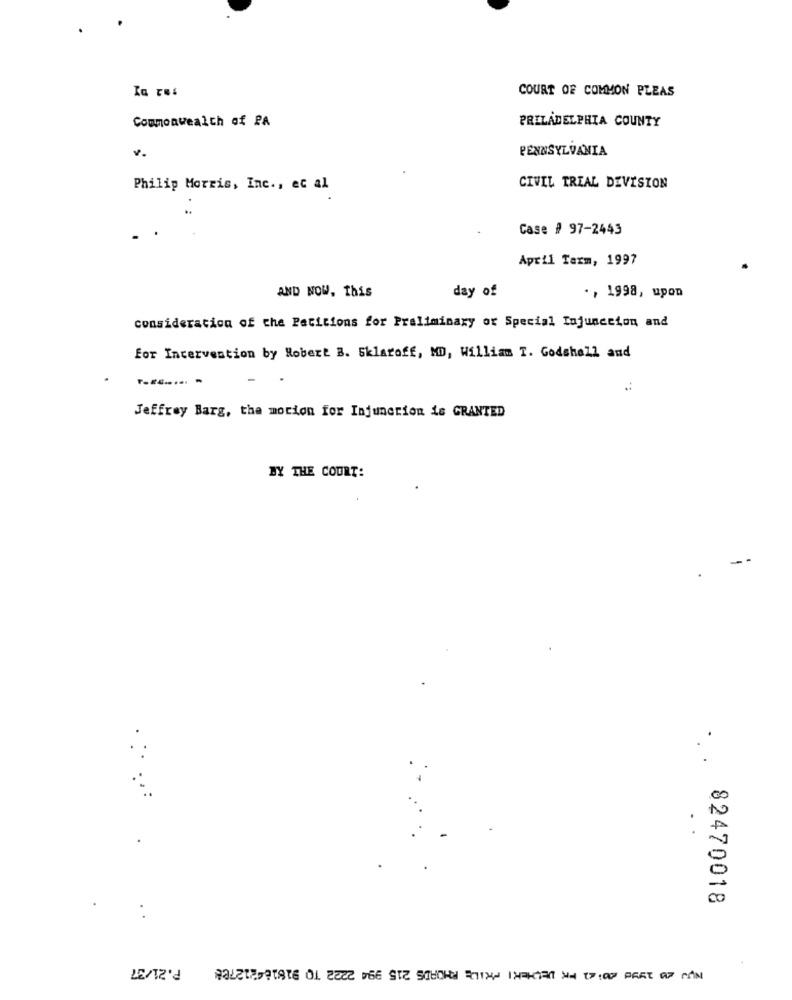
COURT OF COMMON PLEAS
Commonwealth of PA
PRILADELPHIA COUNTY
v.
PENNSYLVANIA
Philip Morris, Inc ., et al
CIVIL TRIAL DEVISION
Case # 97-2443
April Tarm, 1997
AND NOW, This
day of
., 1998, upon
consideration of the Petitions for Preliminary or Special Injunction and
For Intervention by Robert B. Sklaroff, MD, William T. Godshall and
Jeffrey Barg, the motion for Injunction is GRANTED
BY THE COURT:
.
82470018